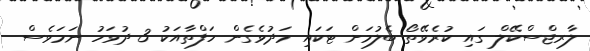
ލާރޖްސްކޭލް ގައި ކުރެވޭތޯ ބެލުމަށް ޓަަކައި މަދުވެގެން ހަފްތާއަކު 3 ދުވަހު ނަމަވެސް